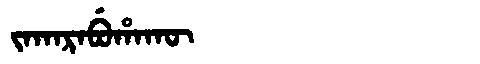
Manchu: ᠵᠠᡴᠠᡵᠠᠪᡠᡥᠠᡴᡡ
Romanization: JAKARABUHAKŪ